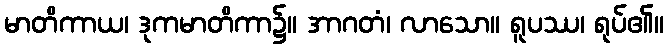
မာတိကာယ၊ ဒုကမာတိကာ၌။ အာဂတံ၊ လာသော။ ရူပဿ၊ ရုပ်၏။